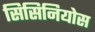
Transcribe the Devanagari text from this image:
सिसिनियोस